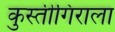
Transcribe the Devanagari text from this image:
कुस्तीगिराला